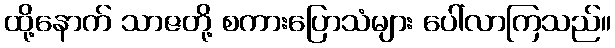
ထို့နောက် သာဇတို့ စကားပြောသံများ ပေါ်လာကြသည်။